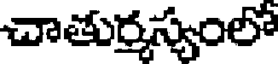
చాతుర్మస్యంలో